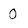
Character: 0